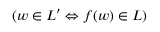
( w \in L ^ { \prime } \Leftrightarrow f ( w ) \in L )